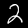
Label: 2